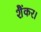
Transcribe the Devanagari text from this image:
शैंकर।